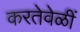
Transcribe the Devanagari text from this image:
करतेवेळीं